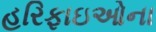
હરિફાઇઓના